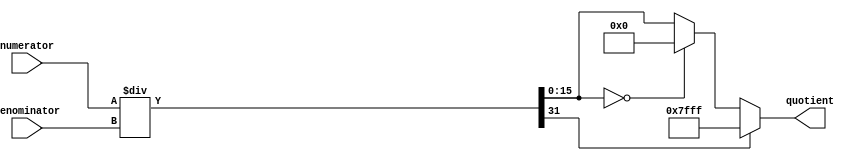
module fractional_divider (
  input wire [15:0] numerator,
  input wire [15:0] denominator,
  output reg [15:0] quotient
);

wire [31:0] numerator_fixed;
wire [31:0] denominator_fixed;
wire [31:0] quotient_fixed;

assign numerator_fixed = {16'd0, numerator};
assign denominator_fixed = {16'd0, denominator};

assign quotient_fixed = numerator_fixed / denominator_fixed;

always @* begin
  if (quotient_fixed[31] == 1) begin // Check for overflow
    quotient <= 16'd32767; // Set quotient to maximum value
  end else if (quotient_fixed[15:0] == 16'd0) begin // Check for underflow
    quotient <= 16'd0; // Set quotient to minimum value
  end else begin
    quotient <= quotient_fixed[15:0]; // Round to desired precision
  end
end

endmodule